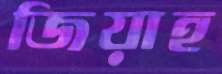
জিয়াহ